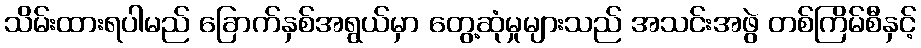
သိမ်းထားရပါမည် ခြောက်နှစ်အရွယ်မှာ တွေ့ဆုံမှုများသည် အသင်းအဖွဲ တစ်ကြိမ်စီနှင့်